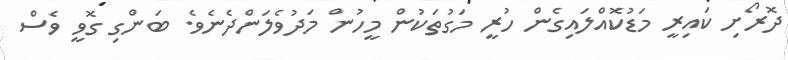
ދޮރޯށި ކައިރީ މަޑުކޮއްލައިގެން ހުރީ މަގުތަކުން މީހުން މަދުވެލަންދެނެވެ. ބަންގި ގޮވީ ވެސް